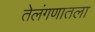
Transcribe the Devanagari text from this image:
तेलंगणातला